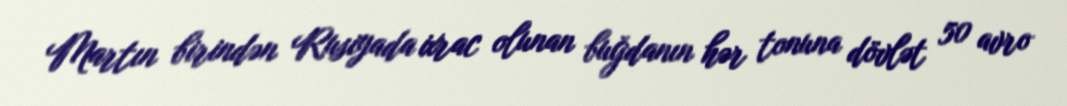
Martın birindən Rusiyada ixrac olunan buğdanın hər tonuna dövlət 50 avro